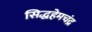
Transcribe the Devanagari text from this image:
सिद्धहेमचंद्र